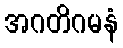
အဂတိဂမနံ